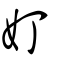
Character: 奵